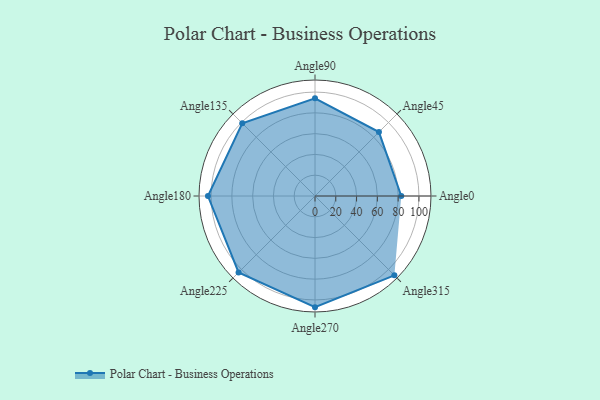
{"axis": {"x": "Angle", "y": "Radius"}, "legend": [""], "data": [{"x": "Angle0", "y": 83.0, "type": ""}, {"x": "Angle45", "y": 87.0, "type": ""}, {"x": "Angle90", "y": 94.0, "type": ""}, {"x": "Angle135", "y": 99.0, "type": ""}, {"x": "Angle180", "y": 103.0, "type": ""}, {"x": "Angle225", "y": 104.0, "type": ""}, {"x": "Angle270", "y": 107.0, "type": ""}, {"x": "Angle315", "y": 108.0, "type": ""}]}